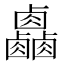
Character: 𠨋